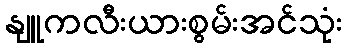
နျူကလီးယားစွမ်းအင်သုံး